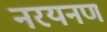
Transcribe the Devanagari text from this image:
नरयनण